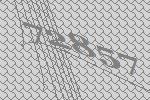
72857